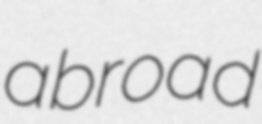
abroad